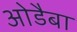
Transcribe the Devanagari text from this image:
ओडैबा